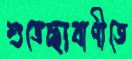
শুভেচ্ছাবাণীতে